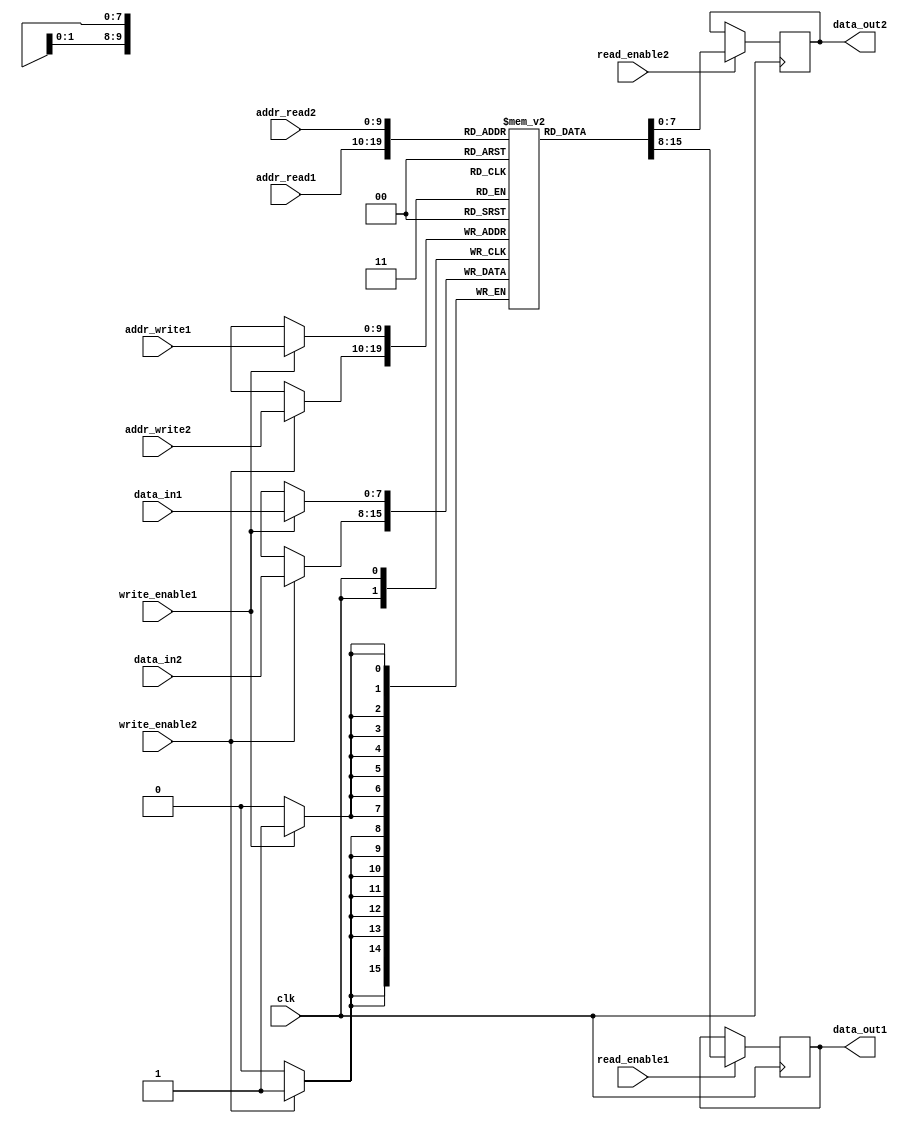
module DualPortRAM (
    input wire clk,
    input wire [ADDR_WIDTH-1:0] addr_read1,
    output wire [DATA_WIDTH-1:0] data_out1,
    input wire read_enable1,
    input wire write_enable1,
    input wire [ADDR_WIDTH-1:0] addr_write1,
    input wire [DATA_WIDTH-1:0] data_in1,
    input wire [ADDR_WIDTH-1:0] addr_read2,
    output wire [DATA_WIDTH-1:0] data_out2,
    input wire read_enable2,
    input wire write_enable2,
    input wire [ADDR_WIDTH-1:0] addr_write2,
    input wire [DATA_WIDTH-1:0] data_in2
);

parameter ADDR_WIDTH = 10; // Address width
parameter DATA_WIDTH = 8; // Data width
reg [DATA_WIDTH-1:0] mem [0:(2**ADDR_WIDTH)-1];

always @(posedge clk) begin
    if (write_enable1) begin
        mem[addr_write1] <= data_in1;
    end
    
    if (read_enable1) begin
        data_out1 <= mem[addr_read1];
    end
    
    if (write_enable2) begin
        mem[addr_write2] <= data_in2;
    end
    
    if (read_enable2) begin
        data_out2 <= mem[addr_read2];
    end
end

endmodule